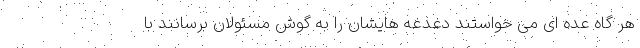
هر گاه عده ای می خواستند دغدغه هایشان را به گوش مسئولان برسانند با